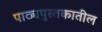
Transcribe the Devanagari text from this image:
पाठ्यपुस्तकातील